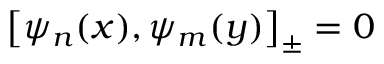
\left[ \psi _ { n } ( x ) , \psi _ { m } ( y ) \right] _ { \pm } = 0 \quad